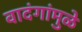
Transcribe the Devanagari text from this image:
वादंगांमुळे